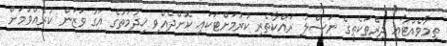
ތިމާވެއްޓާއި ދިރޭތަކެތީގެ ނަސްލު ރައްކާތެރި ކުރުމަށްޓަކައި ކޮށްދެއްވި ޚިދުމަތުގެ އަގު ވަޒަން ކުރެއްވުމަށް